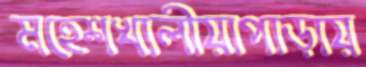
মহেশখালীয়াপাড়ায়